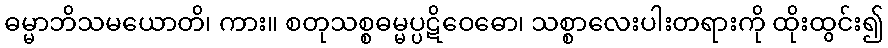
ဓမ္မာဘိသမယောတိ၊ ကား။ စတုသစ္စဓမ္မပ္ပဋိဝေဓော၊ သစ္စာလေးပါးတရားကို ထိုးထွင်း၍